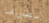
تصورها